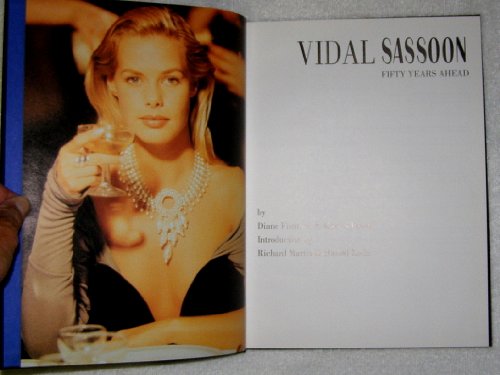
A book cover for Vidal Sassoon: Fifty Years Ahead; Diane Fishman and Marcia Powell; Health, Fitness & Dieting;